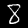
Label: 8